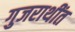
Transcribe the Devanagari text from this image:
गुजराथींत